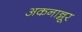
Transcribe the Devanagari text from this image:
अकनान्नूर